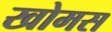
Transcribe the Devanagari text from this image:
खोमस